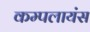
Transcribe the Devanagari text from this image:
कम्पलायंस